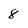
Character: 8